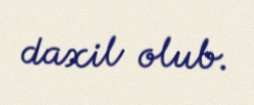
daxil olub.